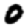
Digit: 0